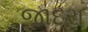
જાદરા